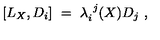
[ L _ { X } , D _ { i } ] \ = \ \lambda _ { i } ^ { \ j } ( X ) D _ { j } \ ,